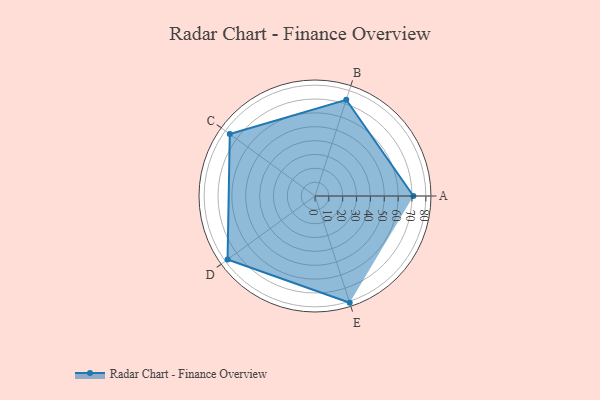
{"axis": {"x": "Skill", "y": "Score"}, "legend": ["Profile"], "data": [{"x": "A", "y": 71.0, "type": "Profile"}, {"x": "B", "y": 73.0, "type": "Profile"}, {"x": "C", "y": 76.0, "type": "Profile"}, {"x": "D", "y": 78.0, "type": "Profile"}, {"x": "E", "y": 81.0, "type": "Profile"}]}